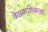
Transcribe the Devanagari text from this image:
वेदसारशिवस्तवः